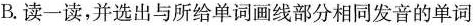
B.读一读,并选出与所给单词画线部分相同发音的单词